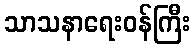
သာသနာရေးဝန်ကြီး